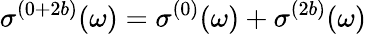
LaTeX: \sigma^{(0+2b)}(\omega)=\sigma^{(0)}(\omega)+\sigma^{(2b)}(\omega)